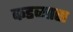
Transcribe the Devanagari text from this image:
कडव्यास